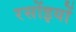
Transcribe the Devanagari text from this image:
रसोंइयों